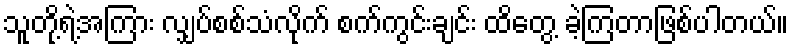
သူတို့ရဲ့အကြား လျှပ်စစ်သံလိုက် စက်ကွင်းချင်း ထိတွေ့ ခဲ့ကြတာဖြစ်ပါတယ်။